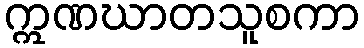
ဣဏဃာတသူစကာ